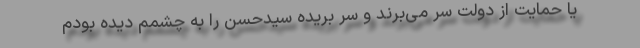
یا حمایت از دولت سر می‌برند و سر بریده سیدحسن را به چشمم دیده بودم